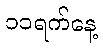
၁၁ရက်နေ့